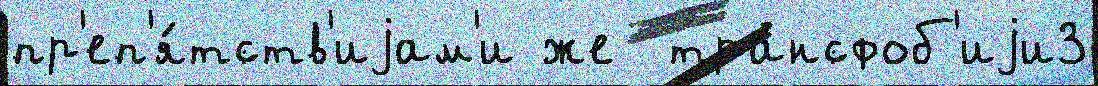
пр'еп'я́тств'иjам'и же  трансфоб'иjи3